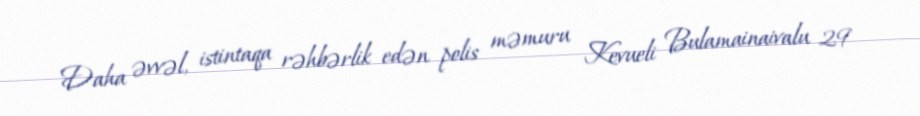
Daha əvvəl, istintaqa rəhbərlik edən polis məmuru Kevueli Bulamainaivalu 29